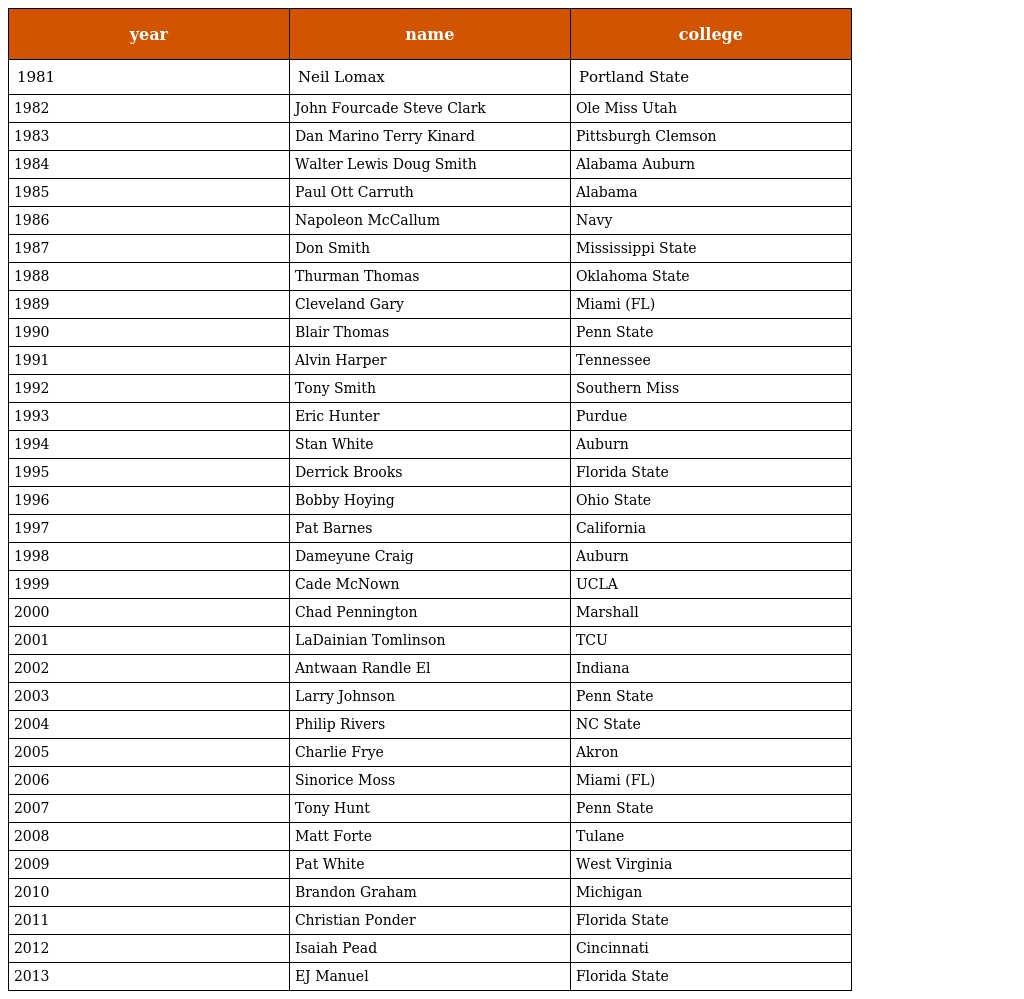
| year | name | college |
 | --- | --- | --- |
 | 1981 | Neil Lomax | Portland State |
 | 1982 | John Fourcade Steve Clark | Ole Miss Utah |
 | 1983 | Dan Marino Terry Kinard | Pittsburgh Clemson |
 | 1984 | Walter Lewis Doug Smith | Alabama Auburn |
 | 1985 | Paul Ott Carruth | Alabama |
 | 1986 | Napoleon McCallum | Navy |
 | 1987 | Don Smith | Mississippi State |
 | 1988 | Thurman Thomas | Oklahoma State |
 | 1989 | Cleveland Gary | Miami (FL) |
 | 1990 | Blair Thomas | Penn State |
 | 1991 | Alvin Harper | Tennessee |
 | 1992 | Tony Smith | Southern Miss |
 | 1993 | Eric Hunter | Purdue |
 | 1994 | Stan White | Auburn |
 | 1995 | Derrick Brooks | Florida State |
 | 1996 | Bobby Hoying | Ohio State |
 | 1997 | Pat Barnes | California |
 | 1998 | Dameyune Craig | Auburn |
 | 1999 | Cade McNown | UCLA |
 | 2000 | Chad Pennington | Marshall |
 | 2001 | LaDainian Tomlinson | TCU |
 | 2002 | Antwaan Randle El | Indiana |
 | 2003 | Larry Johnson | Penn State |
 | 2004 | Philip Rivers | NC State |
 | 2005 | Charlie Frye | Akron |
 | 2006 | Sinorice Moss | Miami (FL) |
 | 2007 | Tony Hunt | Penn State |
 | 2008 | Matt Forte | Tulane |
 | 2009 | Pat White | West Virginia |
 | 2010 | Brandon Graham | Michigan |
 | 2011 | Christian Ponder | Florida State |
 | 2012 | Isaiah Pead | Cincinnati |
 | 2013 | EJ Manuel | Florida State |